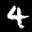
Label: 4